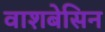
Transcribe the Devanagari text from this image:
वाशबेसिन